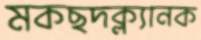
মকছদক্ল্যানক